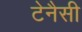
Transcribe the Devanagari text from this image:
टेनैसी